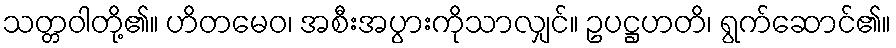
သတ္တဝါတို့၏။ ဟိတမေဝ၊ အစီးအပွားကိုသာလျှင်။ ဥပဋ္ဌဟတိ၊ ရွက်ဆောင်၏။